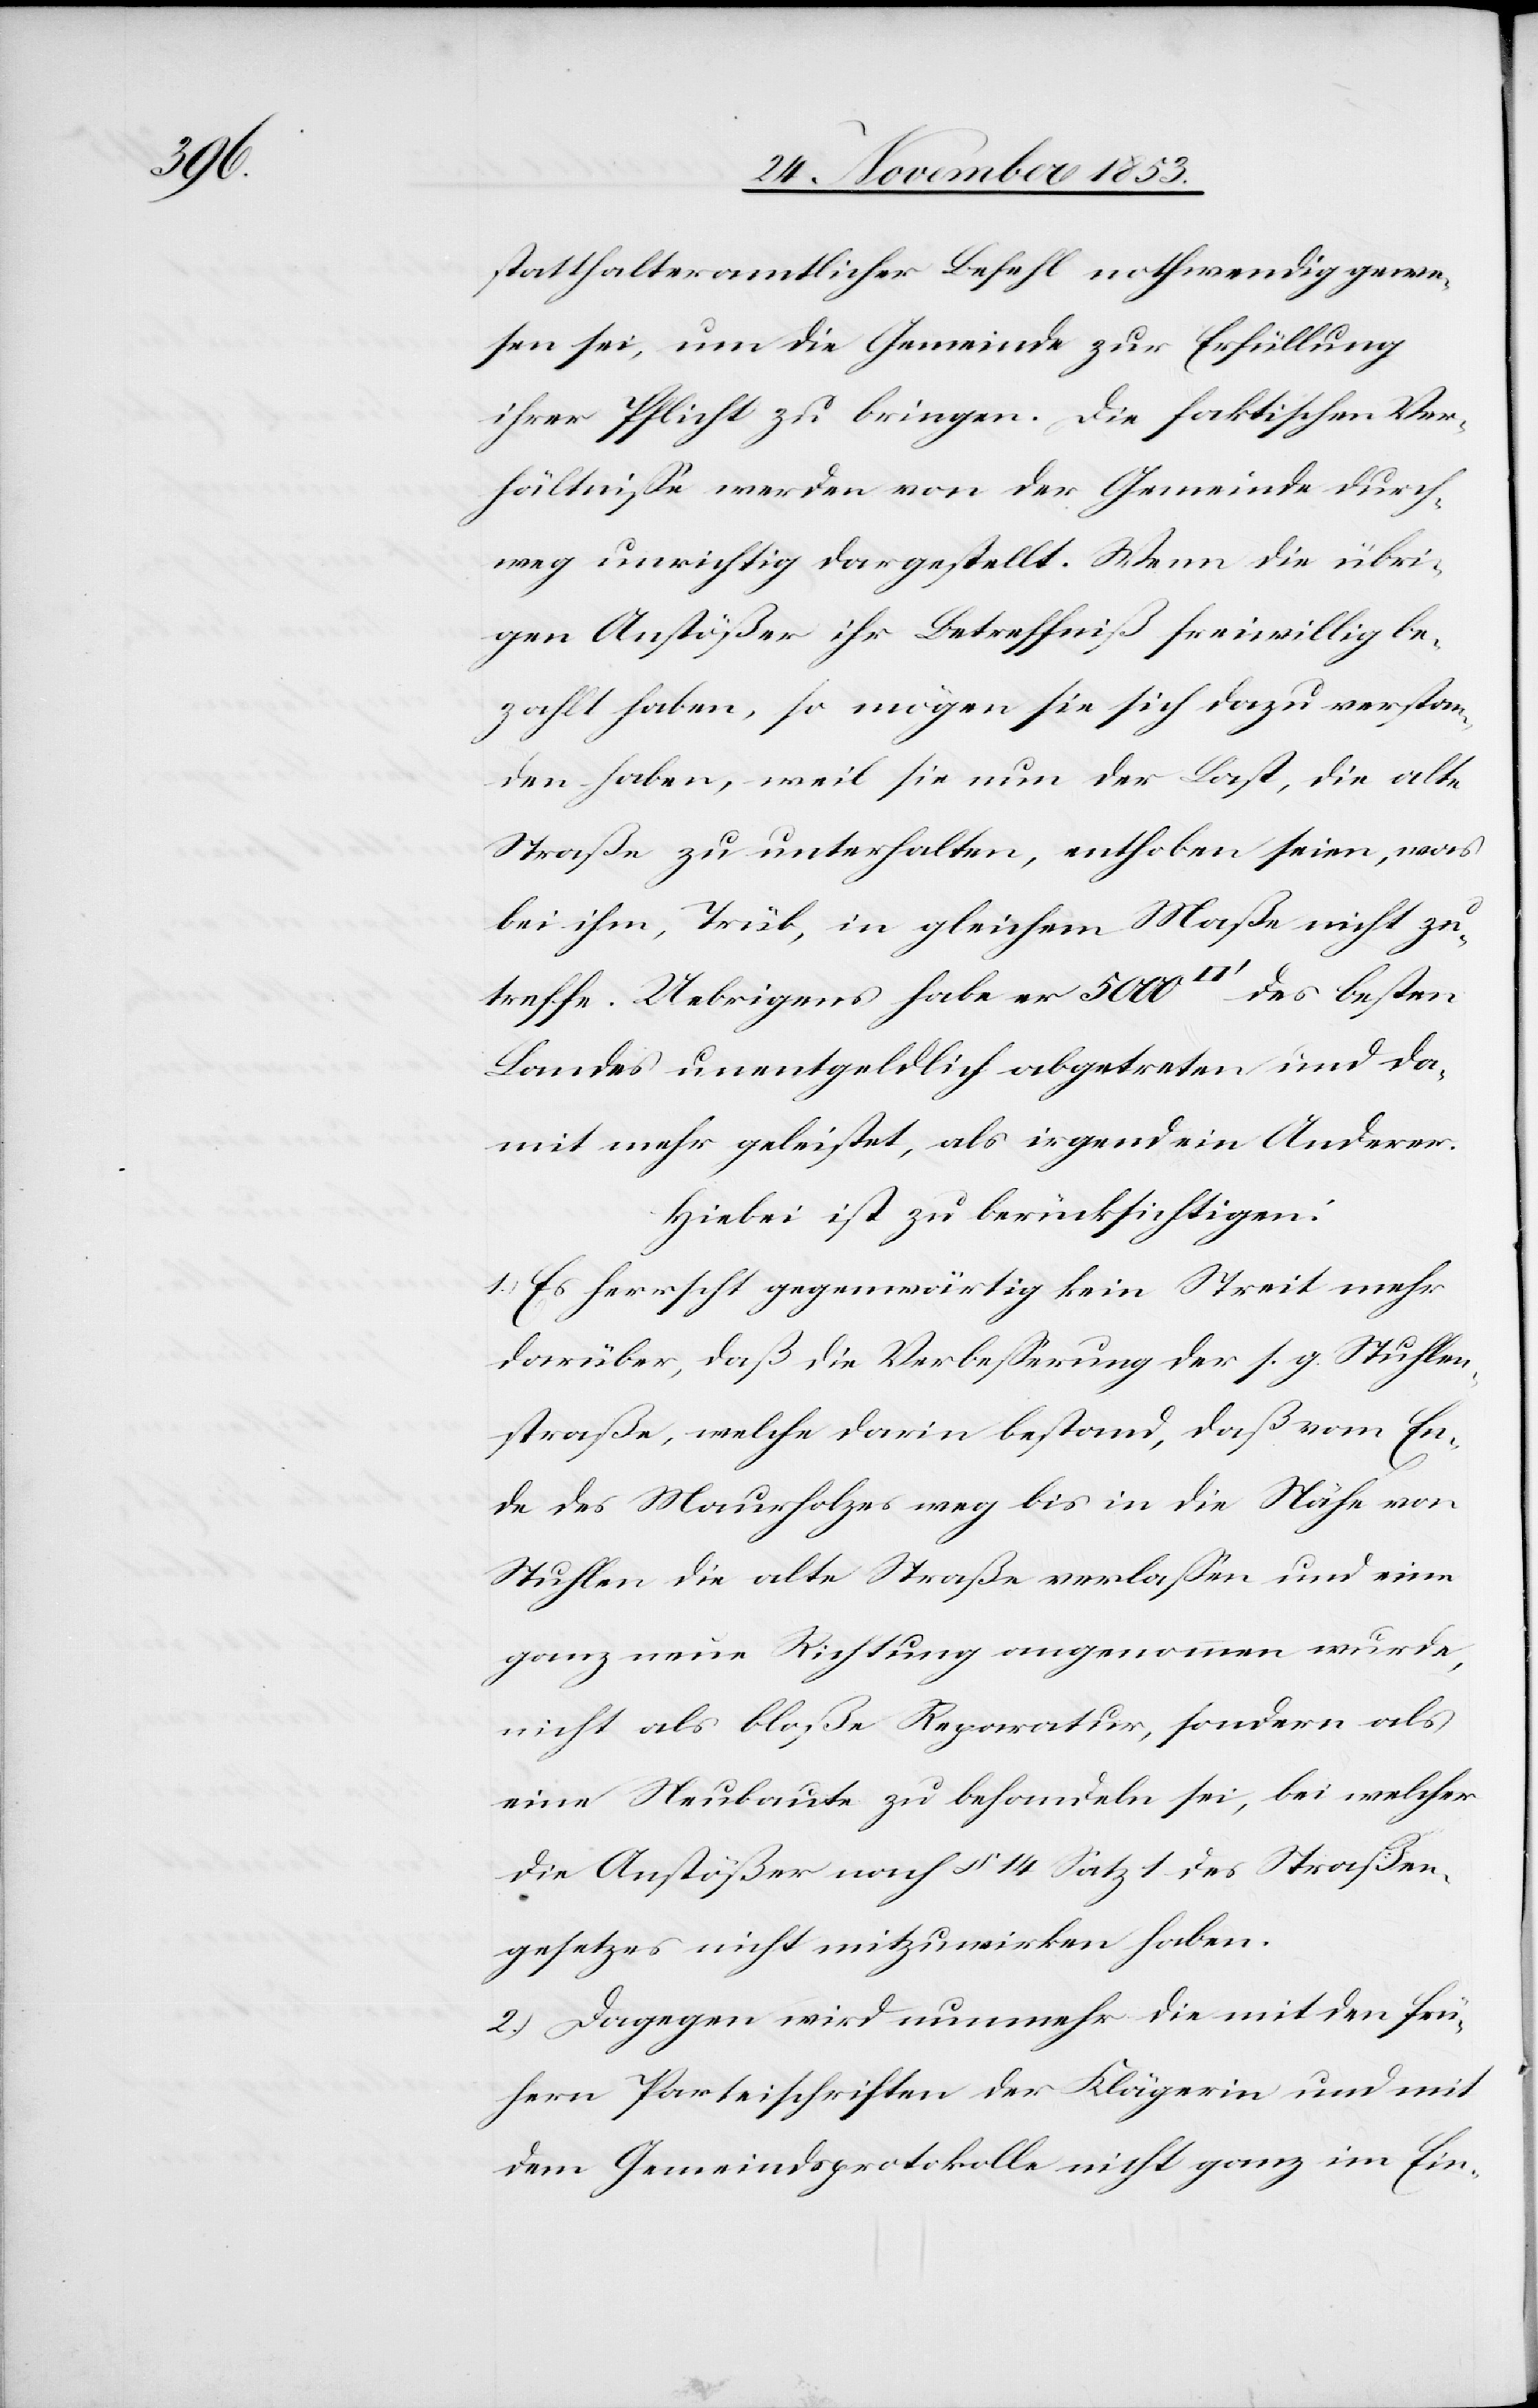
Hiebei

statthalteramtlicher Befehl nothwendig gewe¬
sen sei, um die Gemeinde zur Erfüllung
ihrer Pflicht zu bringen. Die faktischen Ver¬
hältniße werden von der Gemeinde durch¬
weg richtig dargestellt. Wenn die übri¬
gen Anstößer ihr Betreffniß freiwillig be¬
zahlt haben, so mögen sie sich dazu verstan¬
den haben, weil sie nun der Last, die alte
Straße zu unterhalten, enthoben seien, was
bei ihm, Trüb, in gleichem Maße nicht zu¬
treffe. Uebrigens habe er 500 [Quadratfuß] des besten
Landes unentgeldlich abgetreten und da¬
mit mehr geleistet, als irgend ein Anderer.
1.) Es herrscht gegenwärtig kein Streit mehr
darüber, daß die Verbeßerung der s. g. Stuhlen¬
straße, welche darin bestand, daß vom En¬
de des Maurholzes weg bis in die Nähe von
Stuhlen die alte Straße verlaßen und eine
ganz neue Richtung angenommen wurde,
nicht als bloße Reparatur, sondern als
eine Neubaute zu behandeln sei, bei welcher
die Anstößer nach § 14 Satz 1 des Straßen¬
gesetzes nicht mitzuwirken haben.
2.) Dagegen wird nunmehr die mit den frü¬
hern Parteischriften der Klägerin und mit
dem Gemeindsprotokolle nicht ganz im Ein-